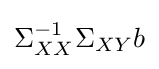
\Sigma _{XX}^{-1}\Sigma _{XY}b